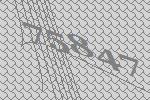
75847